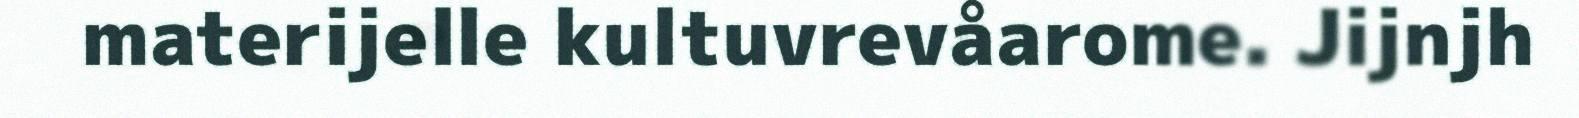
materijelle kultuvrevåarome. Jijnjh